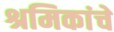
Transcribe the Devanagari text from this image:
श्रमिकांचे